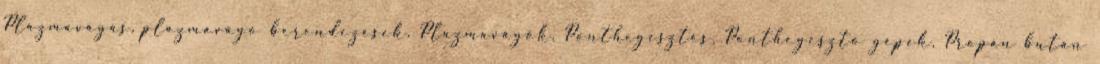
Plazmavágás, plazmavágó berendezések, Plazmavágók, Ponthegesztés, Ponthegesztő gépek, Propán bután